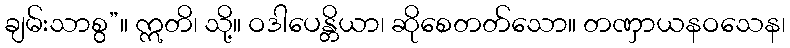
ချမ်းသာစွ”။ ဣတိ၊ သို့။ ဝဒါပေန္တိယာ၊ ဆိုစေတတ်သော။ တဏှာယနဝသေန၊